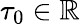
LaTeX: \tau_{0}\in\mathbb{R}